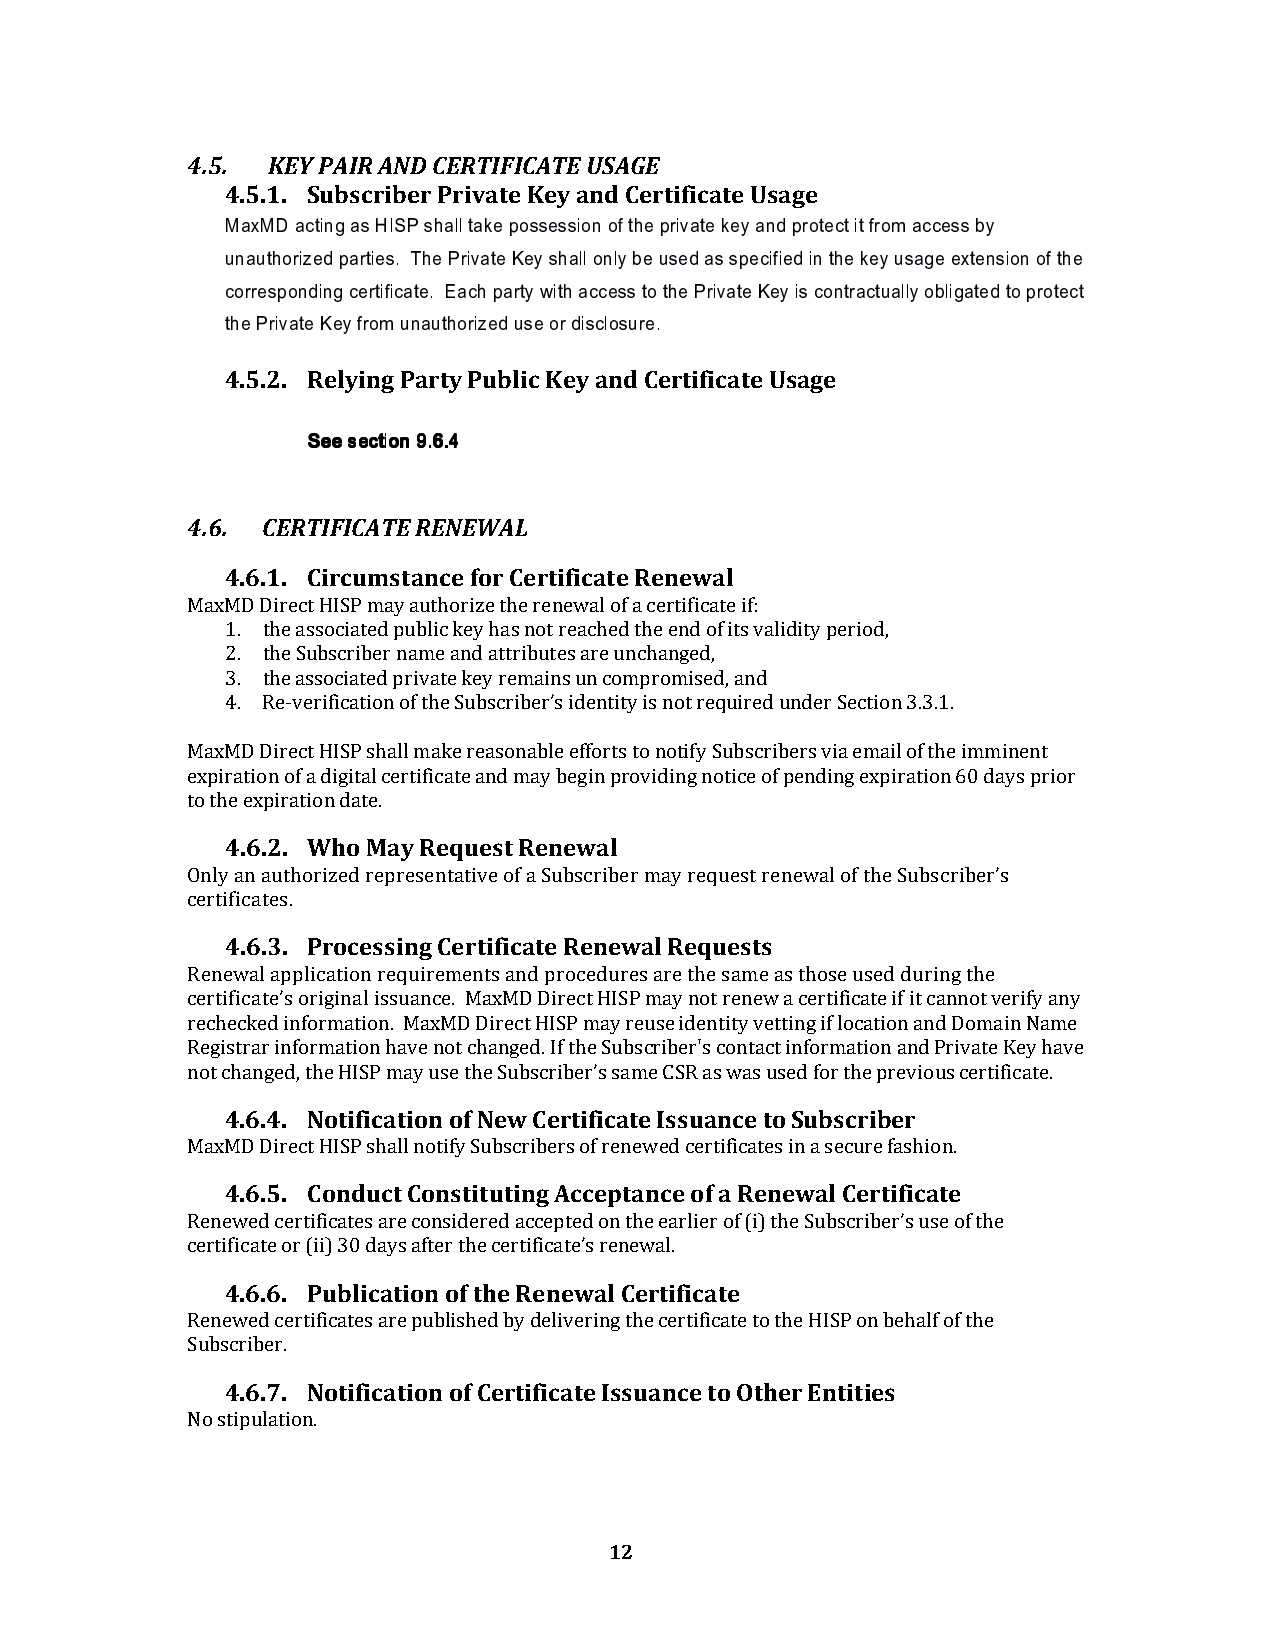
4.5.  KEY PAIR AND CERTIFICATE USAGE
 4.5.1. Subscriber Private Key and Certificate Usage
 MaxMD acting as HISP shall take possession of the private key and protect it from access by
 unauthorized parties. The Private Key shall only be used as specified in the key usage extension of the
 corresponding certificate. Each party with access to the Private Key is contractually obligated to protect
 the Private Key from unauthorized use or disclosure.
 4.5.2. Relying Party Public Key and Certificate Usage
 SSSSeeeeeeee sssseeeeccccttttiiiioooonnnn 9999....6666....4444
 4.6. CERTIFICATE RENEWAL
 4.6.1. Circumstance for Certificate Renewal
 MaxMD Direct HISP may authorize the renewal of a certificate if:
 1. the associated public key has not reached the end of its validity period,
 2. the Subscriber name and attributes are unchanged,
 3. the associated private key remains un compromised, and
 4. Re-verification of the Subscriber’s identity is not required under Section 3.3.1.
 MaxMD Direct HISP shall make reasonable efforts to notify Subscribers via email of the imminent
 expiration of a digital certificate and may begin providing notice of pending expiration 60 days prior
 to the expiration date.
 4.6.2. Who May Request Renewal
 Only an authorized representative of a Subscriber may request renewal of the Subscriber’s
 certificates.
 4.6.3. Processing Certificate Renewal Requests
 Renewal application requirements and procedures are the same as those used during the
 certificate’s original issuance. MaxMD Direct HISP may not renew a certificate if it cannot verify any
 rechecked information. MaxMD Direct HISP may reuse identity vetting if location and Domain Name
 Registrar information have not changed. If the Subscriber's contact information and Private Key have
 not changed, the HISP may use the Subscriber’s same CSR as was used for the previous certificate.
 4.6.4. Notification of New Certificate Issuance to Subscriber
 MaxMD Direct HISP shall notify Subscribers of renewed certificates in a secure fashion.
 4.6.5. Conduct Constituting Acceptance of a Renewal Certificate
 Renewed certificates are considered accepted on the earlier of (i) the Subscriber’s use of the
 certificate or (ii) 30 days after the certificate’s renewal.
 4.6.6. Publication of the Renewal Certificate
 Renewed certificates are published by delivering the certificate to the HISP on behalf of the
 Subscriber.
 4.6.7. Notification of Certificate Issuance to Other Entities
 No stipulation.
 12